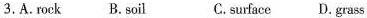
3.A. rock B.soil C.surface D. grass